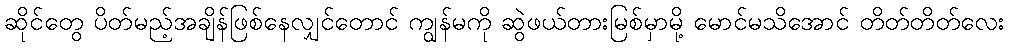
ဆိုင်တွေ ပိတ်မည့်အချိန်ဖြစ်နေလျှင်တောင် ကျွန်မကို ဆွဲဖယ်တားမြစ်မှာမို့ မောင်မသိအောင် တိတ်တိတ်လေး